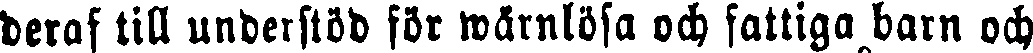
deras till understöd för wärnlösa och fattiga barn och